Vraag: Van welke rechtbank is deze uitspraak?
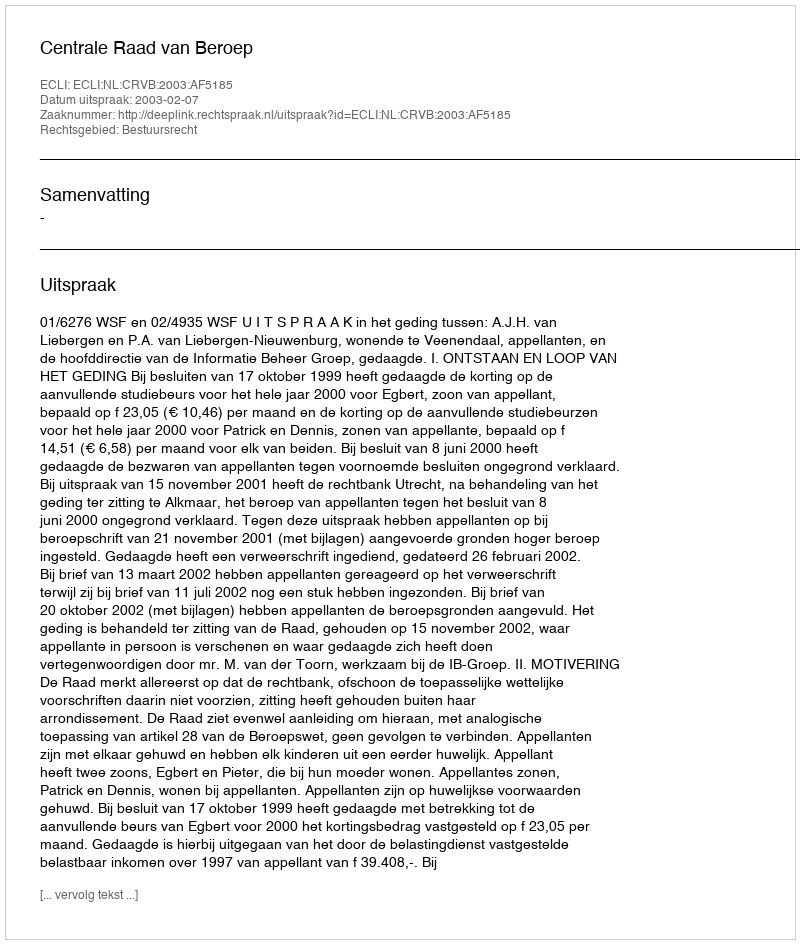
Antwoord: Centrale Raad van Beroep